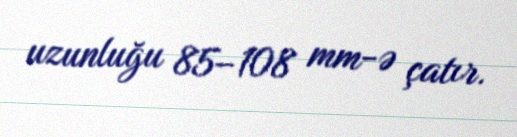
uzunluğu 85–108 mm-ə çatır.